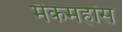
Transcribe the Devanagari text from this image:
मैकमहोंस